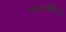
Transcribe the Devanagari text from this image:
पोस्टऑफिस